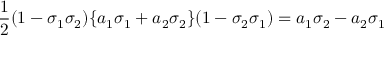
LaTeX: { \frac { 1 } { 2 } } ( 1 - \sigma _ { 1 } \sigma _ { 2 } ) \{ a _ { 1 } \sigma _ { 1 } + a _ { 2 } \sigma _ { 2 } \} ( 1 - \sigma _ { 2 } \sigma _ { 1 } ) = a _ { 1 } \sigma _ { 2 } - a _ { 2 } \sigma _ { 1 }